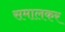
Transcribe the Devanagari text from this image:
समालकर